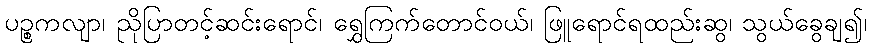
ပဉ္စကလျာ၊ ညိုပြာတင့်ဆင်းရောင်၊ ရွှေကြက်တောင်ဝယ်၊ ဖြူရောင်ရထည်းဆွ၊ သွယ်ခွေချ၍၊